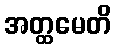
အတ္ထမေတိ